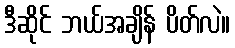
ဒီဆိုင် ဘယ်အချိန် ပိတ်လဲ။